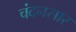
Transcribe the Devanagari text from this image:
चंदनसार